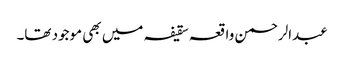
عبدالرحمن واقعہ سقیفہ میں بھی موجود تھا۔